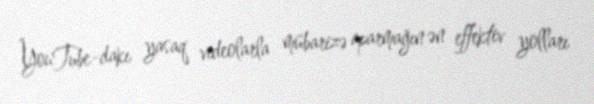
YouTube-dakı yasaq videolarla mübarizə aparmağın ən effektiv yolları